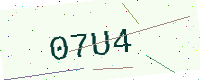
Text: 07U4